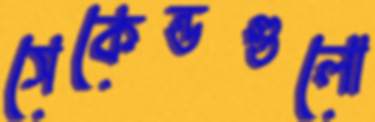
সেকেন্ডগুলো